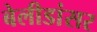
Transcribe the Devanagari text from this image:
बेलीडांसर